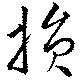
損